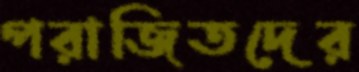
পরাজিতদের